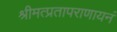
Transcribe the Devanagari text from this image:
श्रीमत्प्रतापराणायनं